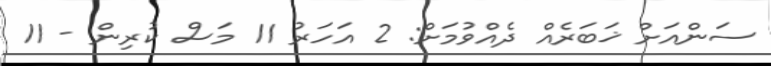
ސަންއަށް ޚަބަރެއް ދެއްވުމަށް: 2 އަހަރު 11 މަސް ކުރިން - 11